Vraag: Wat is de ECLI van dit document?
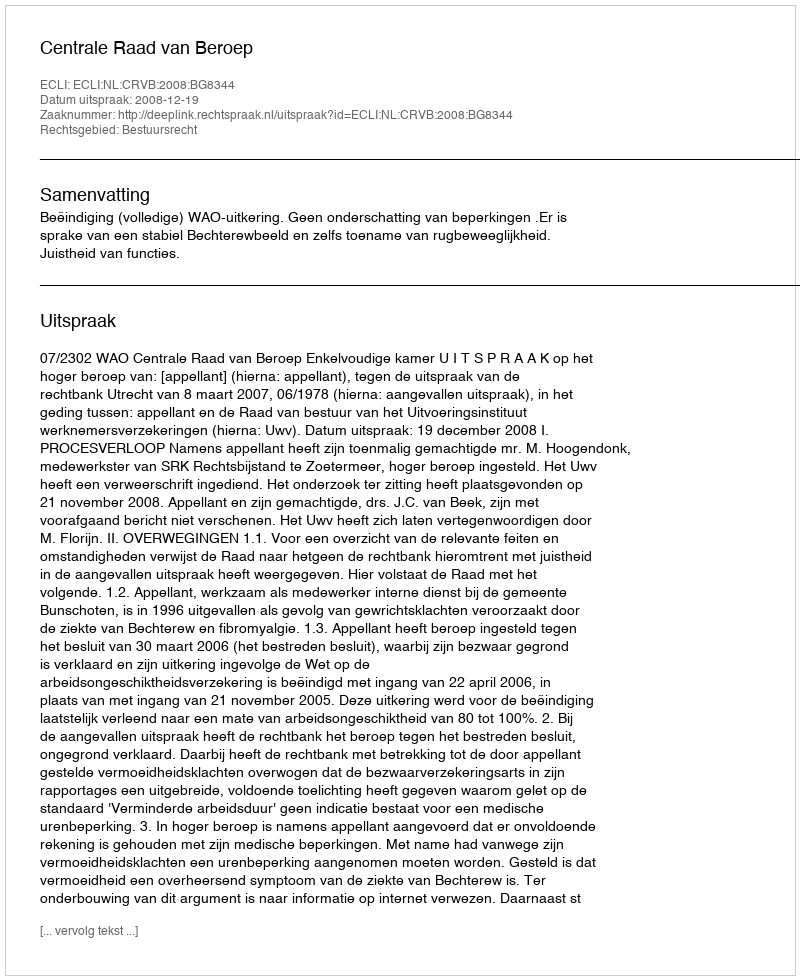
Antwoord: ECLI:NL:CRVB:2008:BG8344